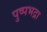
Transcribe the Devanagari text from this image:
पुष्पभद्रा